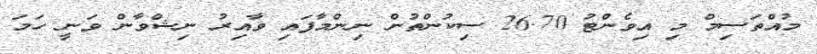
މުއްތަސިމް މި އިވެންޓު 26.70 ސިކުންތުން ނިންމާފައި ވާއިރު ނިޝްވާން ވަނީ ހަމަ